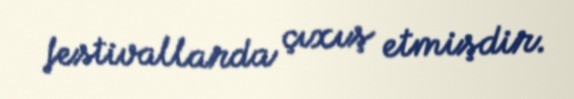
festivallarda çıxış etmişdir.